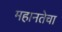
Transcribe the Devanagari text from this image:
महानतेचा